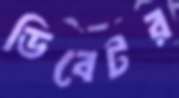
ডিবেটর